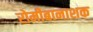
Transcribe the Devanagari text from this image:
रोमीबानाशक